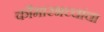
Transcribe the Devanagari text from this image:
कौमारभच्चांचा